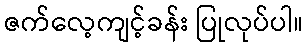
ဇက်လေ့ကျင့်ခန်း ပြုလုပ်ပါ။